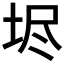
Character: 𡋤